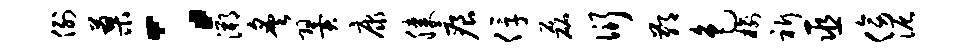
例蓼：溯炙翼康膝痕俘磊衍鄙色榆祈巫傍泥